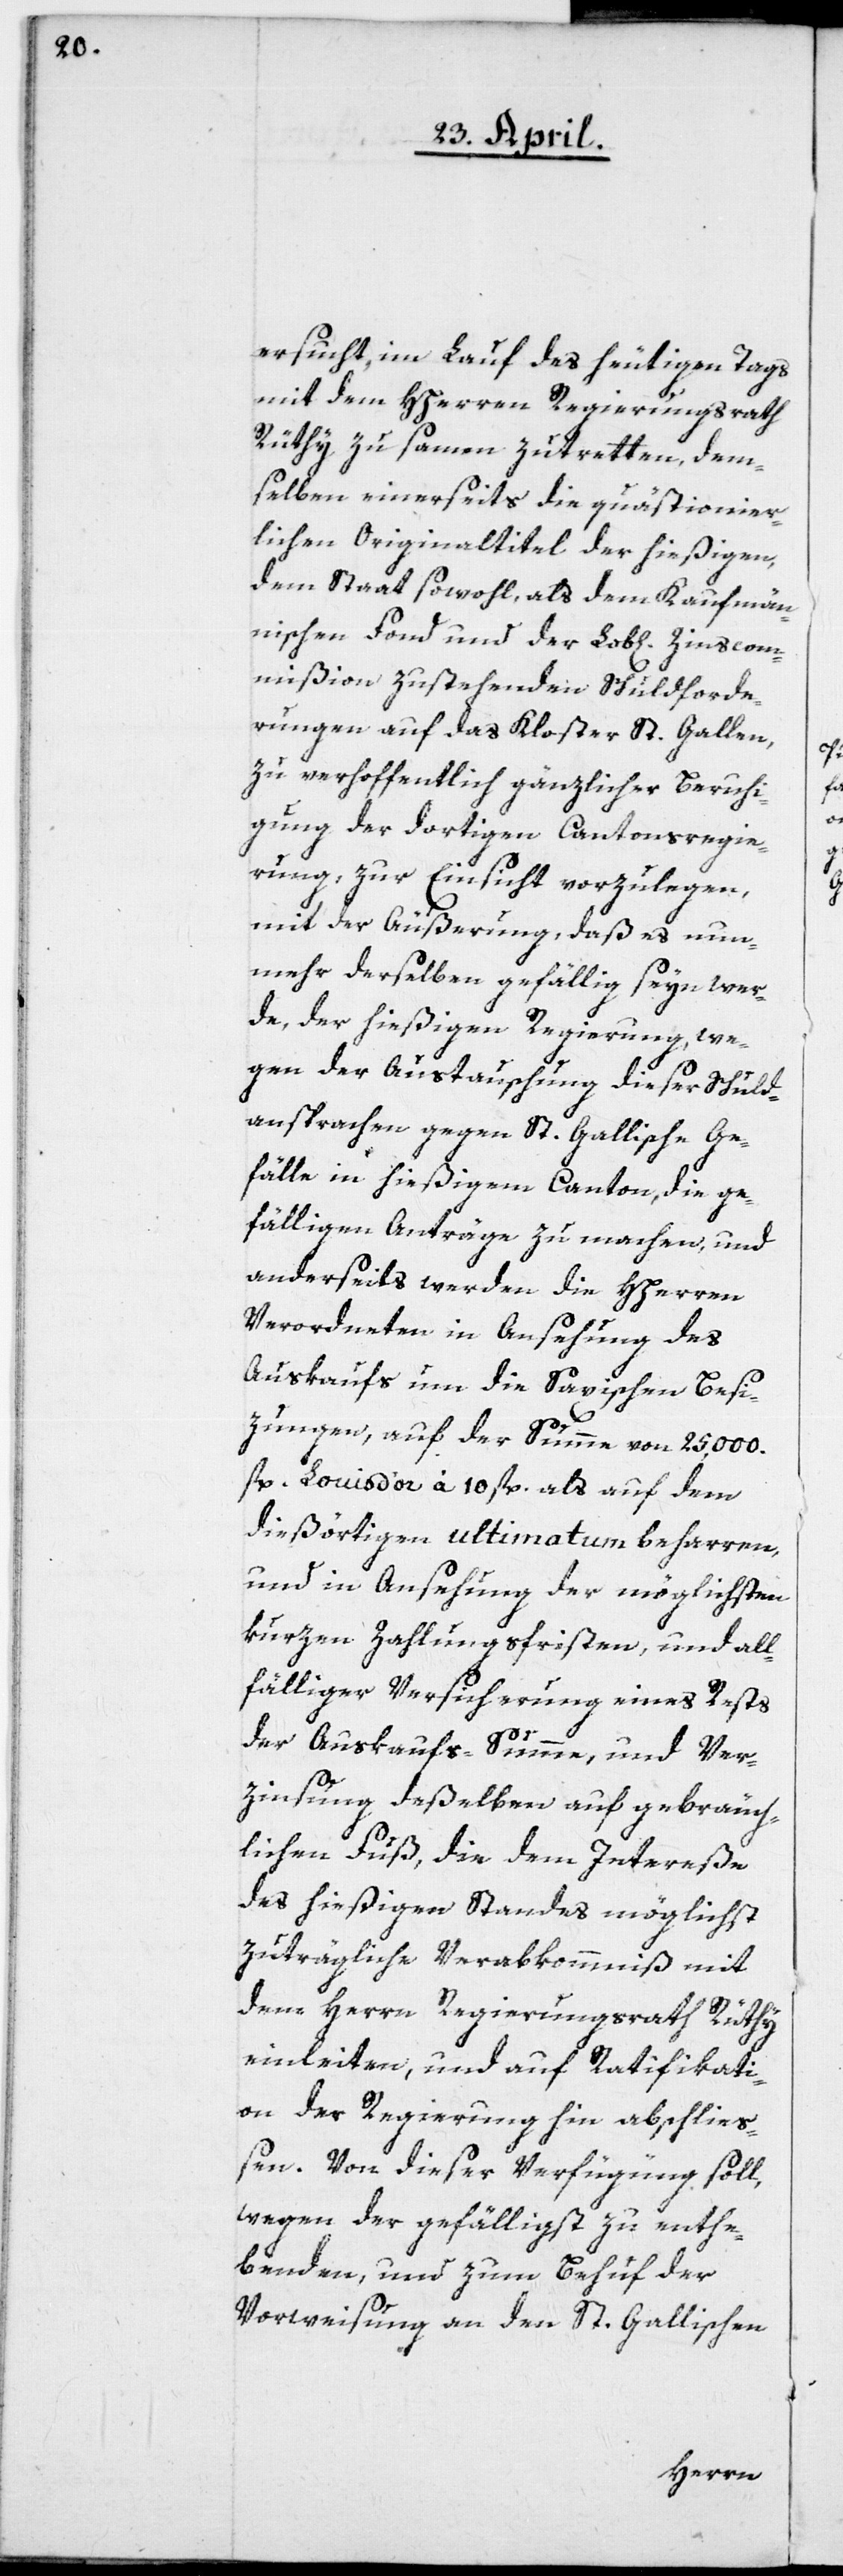
ersucht, im Lauf des heutigen Tags
mit dem HHerren Regierungsrath
Rüthy zusamen zutretten, dem¬
selben einerseits die quästionier¬
lichen Originaltitel der hießigen,
dem Staat sowohl als dem Kaufmän¬
nischen Fond und der Lob[lichen] Zinscom¬
mißion zustehenden Schuldforde¬
rungen auf das Kloster St. Gallen,
zu verhoffentlich gänzlicher Beruhi¬
gung der dortigen Cantonsregie¬
rung, zur Einsicht vorzulegen,
mit der Äußerung, daß es nun¬
mehr derselben gefällig seyn wer¬
de, der hießigen Regierung, we¬
gen der Austauschung dieser Schuld¬
ansprachen gegen St. Gallische Ge¬
fälle in hießigem Canton, die ge¬
fälligen Anträge zu machen, und
anderseits werden die HHerren
Verordneten in Ansehung des
Auskaufs um die Saxischen Besi¬
zungen, auf der Summe von 25,000
fl. Louis d’or à 10 fl. als auf dem
dießörtigen ultimatum beharren,
und in Ansehung der möglichsten
kurzen Zahlungsfristen, und all¬
fälliger Versicherung eines Rests
der Auskaufs-Summe, und Ver¬
zinsung deßelben auf gebräuch¬
lichen Fuß, die dem Intereße
des hießigen Standes möglichst
zuträgliche Verabkommnis mit
dem Herrn Regierungsrat Rüthy
einleiten, und auf Ratifikati¬
on der Regierung hin abschließ¬
en. Von dieser Verfügung soll,
wegen der gefälligst zu enthe¬
benden, und zum Behuf der
Vorweisung an den St. Gallischen